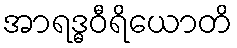
အာရဒ္ဓဝီရိယောတိ